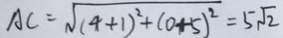
A C = \sqrt { ( 4 + 1 ) ^ { 2 } + ( 0 + 5 ) ^ { 2 } } = 5 \sqrt { 2 }